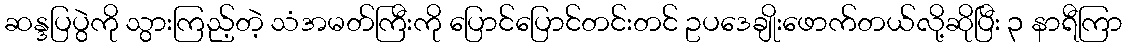
ဆန္ဒပြပွဲကို သွားကြည့်တဲ့ သံအမတ်ကြီးကို ပြောင်ပြောင်တင်းတင် ဥပဒေချိုးဖောက်တယ်လို့ဆိုပြီး ၃ နာရီကြာ